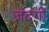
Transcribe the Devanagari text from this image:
ज़ंदगी